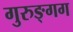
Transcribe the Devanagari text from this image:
गुरुङ्गग